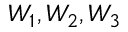
W _ { 1 } , W _ { 2 } , W _ { 3 }